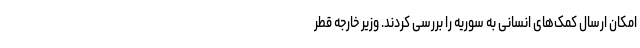
امکان ارسال کمک‌های انسانی به سوریه را بررسی کردند. وزیر خارجه قطر